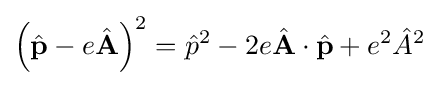
\left({\hat {\mathbf {p} }}-e{\hat {\mathbf {A} }}\right)^{2}={\hat {p}}^{2}-2e{\hat {\mathbf {A} }}\cdot {\hat {\mathbf {p} }}+e^{2}{\hat {A}}^{2}